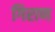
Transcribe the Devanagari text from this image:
गिराण